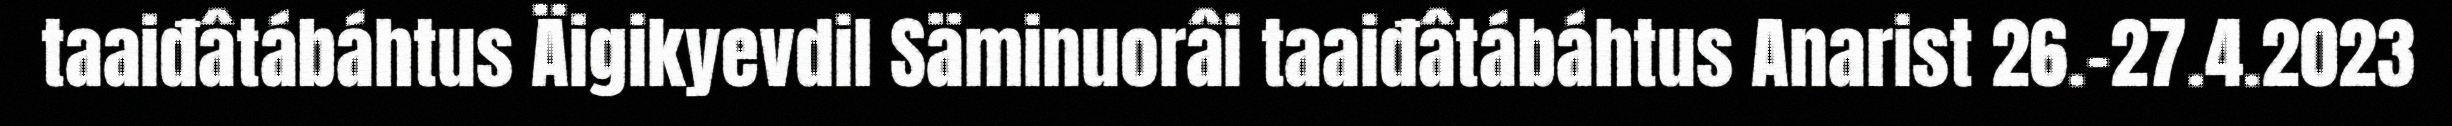
taaiđâtábáhtus Äigikyevdil Säminuorâi taaiđâtábáhtus Anarist 26.-27.4.2023